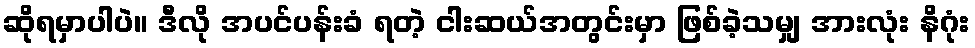
ဆိုရမှာပါပဲ။ ဒီလို အပင်ပန်းခံ ရတဲ့ ငါးဆယ်အတွင်းမှာ ဖြစ်ခဲ့သမျှ အားလုံး နိဂုံး